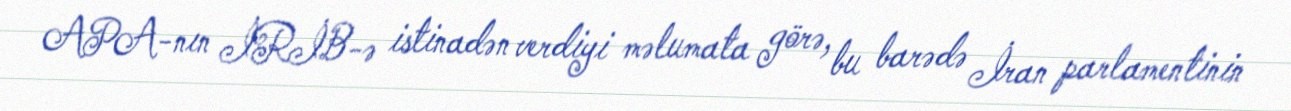
APA-nın İRİB-ə istinadən verdiyi məlumata görə, bu barədə İran parlamentinin